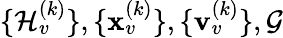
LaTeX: \{ \mathcal{H}_{v}^{(k)}\} ,\{ \mathbf{{x}}_{v}^{(k)}\} ,\{ \mathbf{{v}}_{v}^{(k)}\} ,\mathcal{{G}}